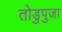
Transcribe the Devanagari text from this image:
तोडुपुजा